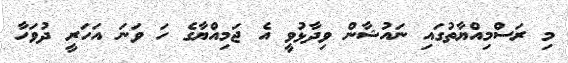
މި ރަސްމިއްޔާތުގައި ނައުޝާން ވިދާޅުވީ އެ ޖަމިއްޔާގެ ހަ ވަނަ އަހަރީ ދުވަހާ